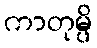
ကာတုမ္ပိ